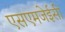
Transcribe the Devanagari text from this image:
एसएमजेईसी